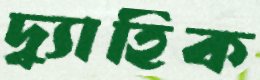
দ্ব্যাহিক